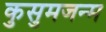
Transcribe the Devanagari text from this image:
कुसुमजन्म